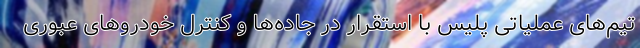
تیم‌های عملیاتی پلیس با استقرار در جاده‌ها و کنترل خودروهای عبوری